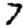
Digit: 7